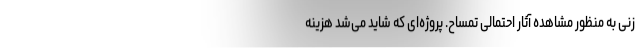
زنی به منظور مشاهده آثار احتمالی تمساح. پروژه‌ای که شاید می‌شد هزینه